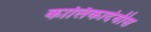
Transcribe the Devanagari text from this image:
कालिकादेवीस